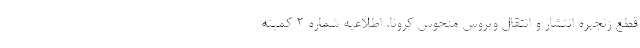
قطع زنجیره انتشار و انتقال ویروس منحوس کرونا، اطلاعیه شماره ۲ کمیته